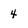
Character: 4